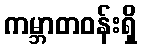
ကမ္ဘာတဝန်းရှိ